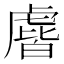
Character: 𰲧